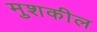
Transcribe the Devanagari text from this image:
मुशकील